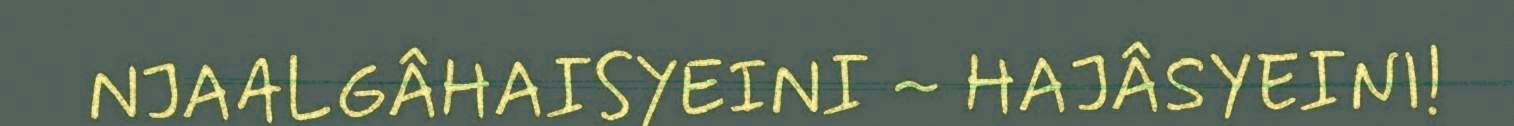
NJAALGÂHAISYEINI ~ HAJÂSYEINI!